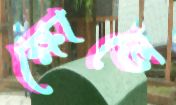
ক্ষোভে